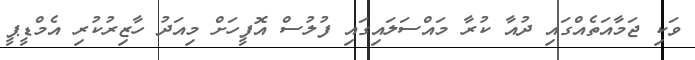
ވަކި ޖަމާއަތެއްގައި ދުއާ ކުރާ މައްސަލައިގައި ފުލުސް އޮފީހަށް މިއަދު ހާޒިރުކުރި އެމްޑީޕީ